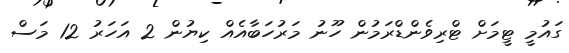
ގައުމީ ޓީމަށް ޓްރިވެންޑްރަމުން ހޫނު މަރުހަބާއެއް ކިޔުން 2 އަހަރު 12 މަސް